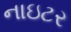
નાઇટર